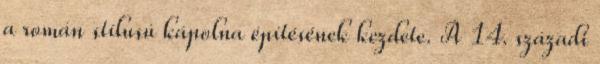
a román stílusú kápolna építésének kezdete. A 14. századi